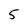
Character: 5